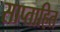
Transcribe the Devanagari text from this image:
साप्ताहित